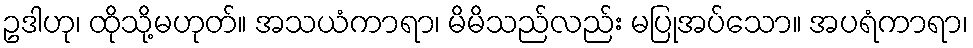
ဥဒါဟု၊ ထိုသို့မဟုတ်။ အသယံကာရာ၊ မိမိသည်လည်း မပြုအပ်သော။ အပရံကာရာ၊